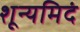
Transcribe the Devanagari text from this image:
शून्यमिदं